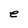
Character: e